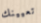
تعيينك